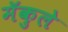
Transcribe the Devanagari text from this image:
मॅकुले